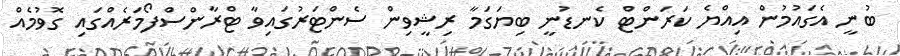
ބުނީ އެގައުމުން އިއްޔެ ކަރަންޓް ކެނޑުނީ ބިޔަގަމާ ރިޝީވިން ސެންޓަރުގައިވާ ޓްރާންސްފޯމަރެއްގައި ގޮވުމެއް